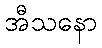
အီသနော